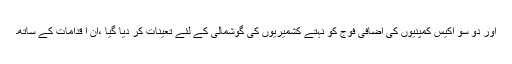
اور دو سو اکیس کمپنیوں کی اضافی فوج کو نہتے کشمیریوں کی گوشمالی کے لئے تعینات کر دیا گیا ،ان ا قدامات کے ساتھ۔